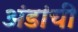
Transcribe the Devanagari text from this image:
अंडांची